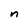
Character: n